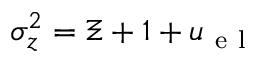
\sigma _ { z } ^ { 2 } = \Xi + 1 + u _ { \mathrm { ~ e ~ l ~ } }